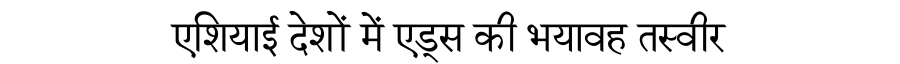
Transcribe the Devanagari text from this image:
एशियाई देशों में एड्स की भयावह तस्वीर